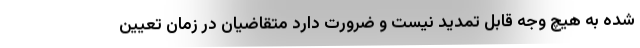
شده به هیچ وجه قابل تمدید نیست و ضرورت دارد متقاضیان در زمان تعیین